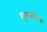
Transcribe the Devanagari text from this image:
सुखार्थिना